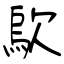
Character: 歍